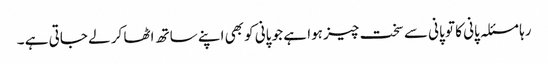
رہا مسئلہ پانی کا تو پانی سے سخت چیز ہوا ہے جو پانی کو بھی اپنے ساتھ اٹھا کر لے جاتی ہے ۔